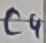
Text: C4